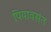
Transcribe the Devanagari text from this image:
पियावसंत